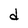
Character: d